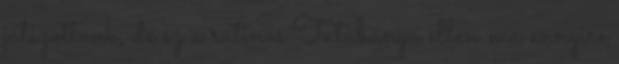
játszottunk, de ez a rutinos Tatabánya ellen ma ennyire